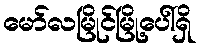
မော်လမြိုင်မြို့ပေါ်ရှိ